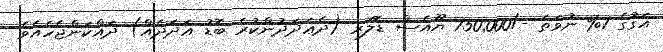
އަގުގެ 1% ނުވަތަ -/750